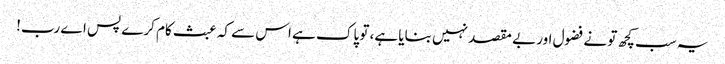
یہ سب کچھ تو نے فضول اور بے مقصد نہیں بنایا ہے، تو پاک ہے اس سے کہ عبث کام کرے پس اے رب!